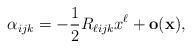
LaTeX: \begin{align*}\alpha _{ijk} = - \frac{1}{2} R_{\ell ijk} x^{\ell }+ \mathbf{o(}\mathbf{x)},\mathbf{}\end{align*}